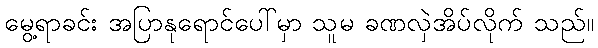
မွေ့ရာခင်း အပြာနုရောင်ပေါ်မှာ သူမ ခဏလှဲအိပ်လိုက် သည်။